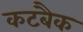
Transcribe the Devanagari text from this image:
कटबैक